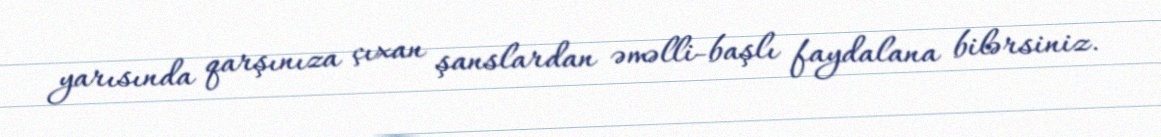
yarısında qarşınıza çıxan şanslardan əməlli-başlı faydalana bilərsiniz.